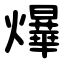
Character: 爗